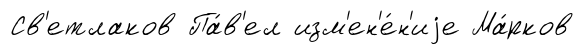
Св'етлаков Па́в'ел изм'ен'е́н'иjе Ма́рков